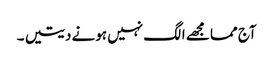
آج مما مجھے الگ نہیں ہونے دیتیں ۔